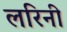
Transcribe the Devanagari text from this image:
लरिनी